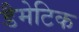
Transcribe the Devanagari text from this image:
डैमेटिक